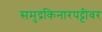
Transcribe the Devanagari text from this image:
समुद्रकिनारपट्टीवर